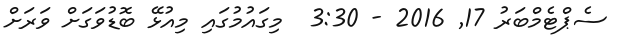
ސެޕްޓެމްބަރު 17